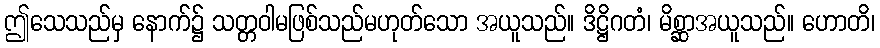
ဤသေသည်မှ နောက်၌ သတ္တဝါမဖြစ်သည်မဟုတ်သော အယူသည်။ ဒိဋ္ဌိဂတံ၊ မိစ္ဆာအယူသည်။ ဟောတိ၊